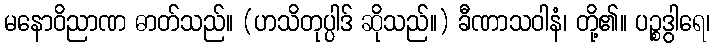
မနောဝိညာဏ ဓာတ်သည်။ (ဟသိတုပ္ပါဒ် ဆိုသည်။) ခီဏာသဝါနံ၊ တို့၏။ ပဉ္စဒွါရေ၊